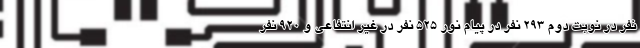
نفر در نوبت دوم ۲۹۳ نفر در پیام نور ۵۲۵ نفر در غیر انتفاعی و ۹۲۰ نفر